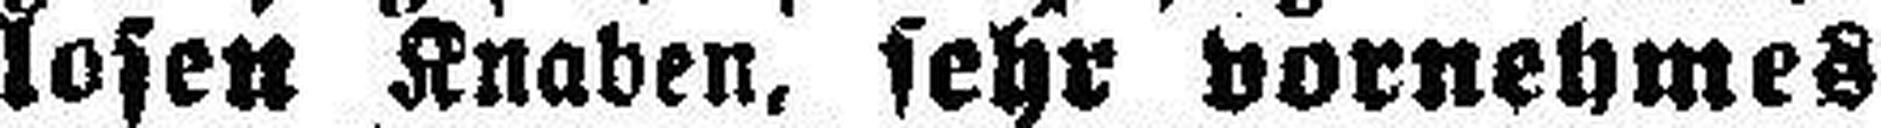
losen Knaben, sehr vornehmes